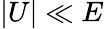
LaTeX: |U|\ll E